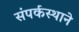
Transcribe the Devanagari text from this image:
संपर्कस्थाने